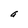
Character: a